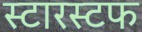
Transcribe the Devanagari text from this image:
स्टारस्टफ